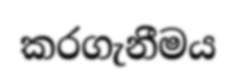
කරගැනීමය